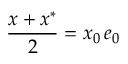
{ \frac { x + x ^ { * } } { 2 } } = x _ { 0 } \, e _ { 0 }